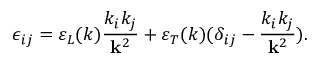
\epsilon _ { i j } = \varepsilon _ { L } ( k ) { \frac { k _ { i } k _ { j } } { { \bf k } ^ { 2 } } } + \varepsilon _ { T } ( k ) ( \delta _ { i j } - { \frac { k _ { i } k _ { j } } { { \bf k } ^ { 2 } } } ) .